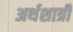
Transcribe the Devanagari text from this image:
अर्थशात्री